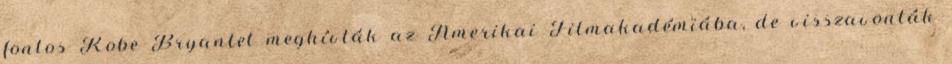
fontos Kobe Bryantet meghívták az Amerikai Filmakadémiába, de visszavonták